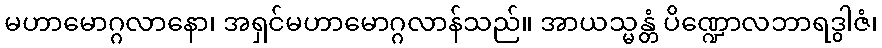
မဟာမောဂ္ဂလာနော၊ အရှင်မဟာမောဂ္ဂလာန်သည်။ အာယသ္မန္တံ ပိဏ္ဍောလဘာရဒွါဇံ၊